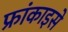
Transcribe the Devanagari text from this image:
फ्रांकाइसे